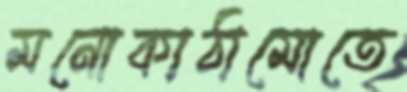
মনোকাঠামোতে